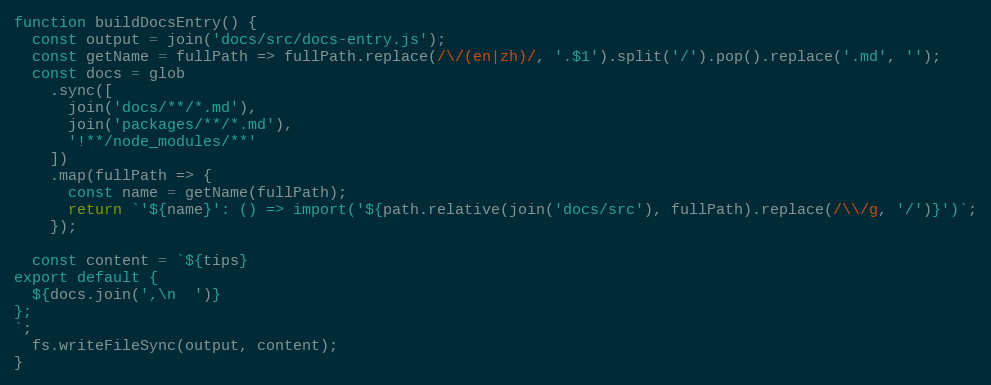
Language: JavaScript
function buildDocsEntry() {
  const output = join('docs/src/docs-entry.js');
  const getName = fullPath => fullPath.replace(/\/(en|zh)/, '.$1').split('/').pop().replace('.md', '');
  const docs = glob
    .sync([
      join('docs/**/*.md'),
      join('packages/**/*.md'),
      '!**/node_modules/**'
    ])
    .map(fullPath => {
      const name = getName(fullPath);
      return `'${name}': () => import('${path.relative(join('docs/src'), fullPath).replace(/\\/g, '/')}')`;
    });

  const content = `${tips}
export default {
  ${docs.join(',\n  ')}
};
`;
  fs.writeFileSync(output, content);
}